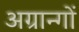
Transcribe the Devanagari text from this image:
अग्रान्गों